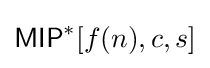
{\mathsf {MIP}}^{*}[f(n),c,s]